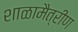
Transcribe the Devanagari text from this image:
शाळामैत्रीण